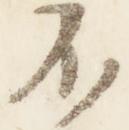
不